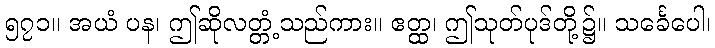
၅၇၁။ အယံ ပန၊ ဤဆိုလတ္တံ့သည်ကား။ ဧတ္ထ၊ ဤသုတ်ပုဒ်တို့၌။ သင်္ခေပေါ၊